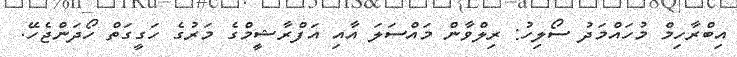
އިބްރާހިމް މުހައްމަދު ސޯލިހު: ރިލްވާން މައްސަލަ އާއި އަފްރާޝީމްގެ މަރުގެ ހަގީގަތް ހޯދަންޖެހޭ.